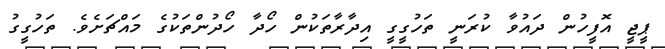
ޕީޖީ އޮފީހުން ދައުވާ ކުރަނީ ތަހުގީގީ އިދާރާތަކުން ހޯދާ ހޯދުންތަކުގެ މައްޗަށެވެ. ތަހުގީގު